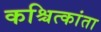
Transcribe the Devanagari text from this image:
कश्चित्कांता